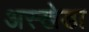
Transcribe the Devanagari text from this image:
अस्खेडा